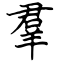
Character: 羣